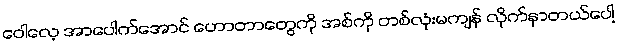
ဝေါလေ့ အာပေါက်အောင် ဟောတာတွေကို အစ်ကို တစ်လုံးမကျန် လိုက်နာတယ်ပေါ့